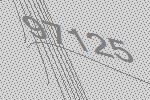
97125